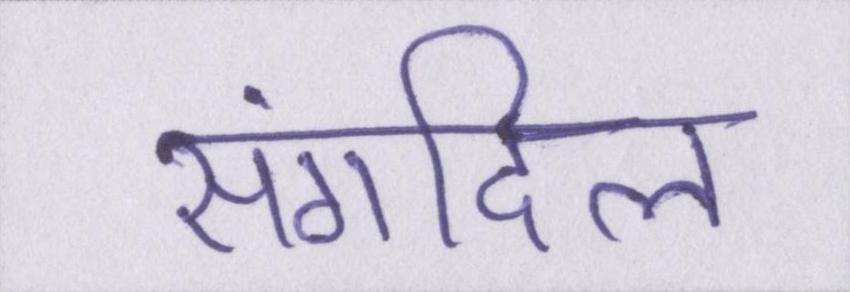
संगदिल